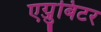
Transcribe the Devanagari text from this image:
एग्जुबिटर